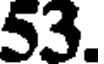
53.